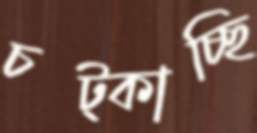
চট্‌কাচ্ছি